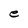
Character: e